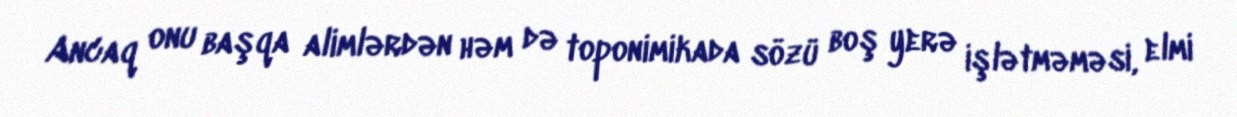
Ancaq onu başqa alimlərdən həm də toponimikada sözü boş yerə işlətməməsi, elmi